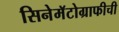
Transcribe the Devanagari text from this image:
सिनेमॅटोग्राफीची